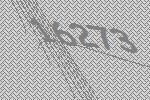
16273